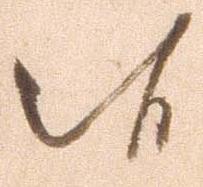
候